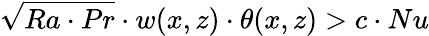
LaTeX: \sqrt{Ra\cdot Pr}\cdot w(x,z)\cdot\theta(x,z)>c\cdot Nu